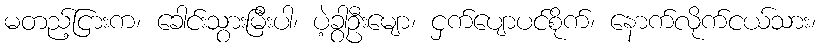
မတည့်ငြားက၊ ခေါင်းသွားမြီးပါ၊ ပဲ့ခွါဦးမျော၊ ငှက်ပျောပင်စိုက်၊ နောက်လိုက်ငယ်သား၊